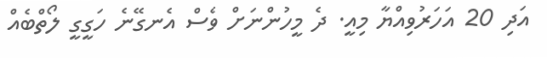
އަދި 20 އަހަރުވިއްޔާ މިއީ. ދެ މީހުންނަށް ވެސް އެނގޭނެ ހަގީގީ ލޯތްބެއް